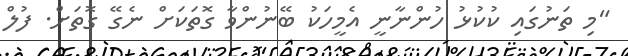
"މި ތަނުގައި ކުކުޅު ހުންނާނީ އެމީހަކު ބޭނުންވާ ގޮތަކަށް ނެގޭ ގޮތަށް. ފުލް